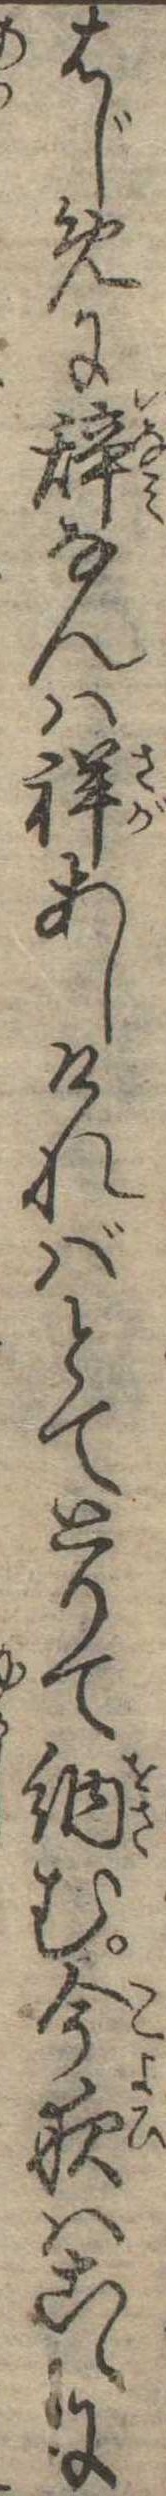
はじめに辞なんは祥あしければとてとりて納む今夜はこゝに